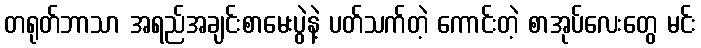
တရုတ်ဘာသာ အရည်အချင်းစာမေးပွဲနဲ့ ပတ်သက်တဲ့ ကောင်းတဲ့ စာအုပ်လေးတွေ မင်း